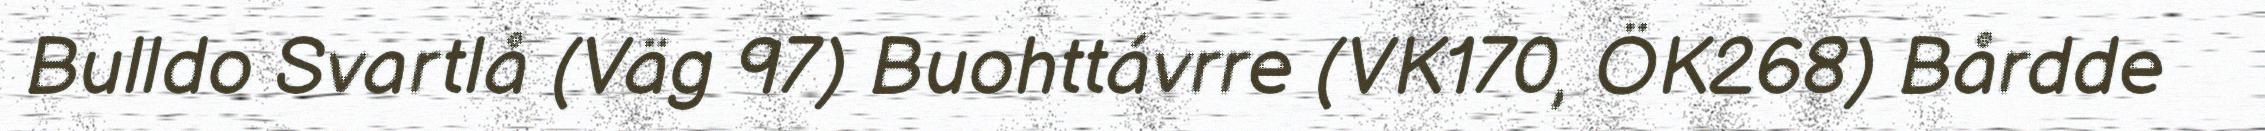
Bulldo Svartlå (Väg 97) Buohttávrre (VK170, ÖK268) Bårdde